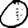
Digit: 0